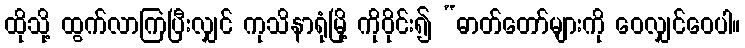
ထိုသို့ ထွက်လာကြပြီးလျှင် ကုသိနာရုံမြို့ ကိုဝိုင်း၍ “ဓာတ်တော်များကို ဝေလျှင်ဝေပါ။